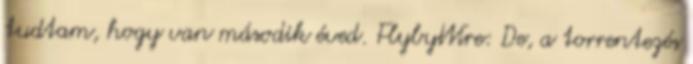
tudtam, hogy van második éved. FlybyWire: De, a torrentezés